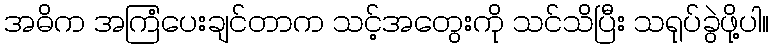
အဓိက အကြံပေးချင်တာက သင့်အတွေးကို သင်သိပြီး သရုပ်ခွဲဖို့ပါ။